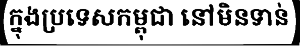
ក្នុងប្រទេសកម្ពុជា នៅមិនទាន់